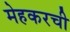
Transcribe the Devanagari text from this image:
मेहकरची